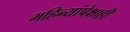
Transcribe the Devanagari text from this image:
महिन्यांपेक्षाही